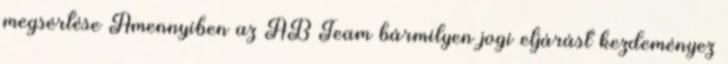
megsértése Amennyiben az AB Team bármilyen jogi eljárást kezdeményez